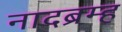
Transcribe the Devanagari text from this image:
नादब्रम्ह